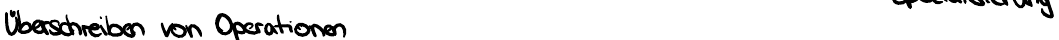
Überschreiben von Operationen